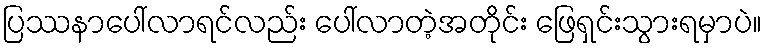
ပြဿနာပေါ်လာရင်လည်း ပေါ်လာတဲ့အတိုင်း ဖြေရှင်းသွားရမှာပဲ။